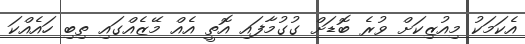
އެކަމަކު މިއުޒިކަށް ވުރެ ބޮޑަށް ގުގުމާފައި އޮތީ އެއް މޭޒެއްގައި ތިބި ހައެއްކަ